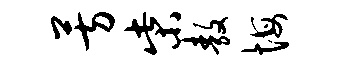
芳柴敖悔